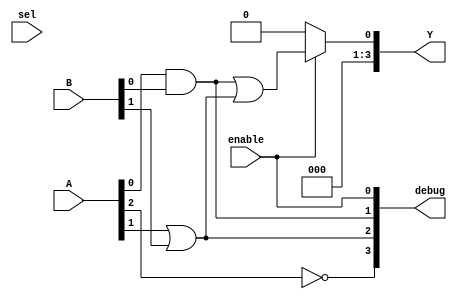
module combinational_logic_block (
    input wire [3:0] A,      // 4-bit input A
    input wire [3:0] B,      // 4-bit input B
    input wire sel,          // Multiplexer selection signal
    input wire enable,       // Control signal to enable/disable the output
    output wire [3:0] Y,     // 4-bit output Y
    output wire [3:0] debug   // Debug output to show internal logic operations
);

    // Internal wire to connect logic gates
    wire w1, w2, w3;
  
    // Combinational logic gates
    and (w1, A[0], B[0]);    // AND gate
    or  (w2, A[1], B[1]);    // OR gate
    not (w3, A[2]);          // NOT gate
  
    // Multiplexer implementation
    wire [3:0] mux_out;
    assign mux_out = (sel) ? A : B; // MUX: select A if sel is 1 else B
  
    // Output logic
    assign Y = enable ? (w1 | w2) : 4'b0000; // If enabled, output logic, else 0
    
    // Debugging signals to visualize internal operations
    assign debug = {w3, w2, w1, enable}; // Shows internal logic for debugging

endmodule